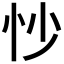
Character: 𫹶